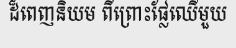
ដ៏ពេញនិយម ពីព្រោះផ្លែឈើមួយ